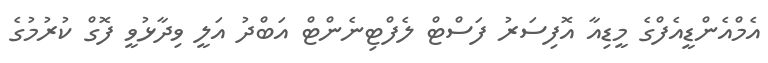
އެމްއެންޑީއެފްގެ މީޑިއާ އޮފިސަރު ފަސްޓް ލެފްޓިނެންޓް އަބްދު އަލީ ވިދާޅުވީ ފޮގް ކުރުމުގެ